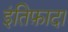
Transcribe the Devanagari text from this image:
इंतिफ़ादा